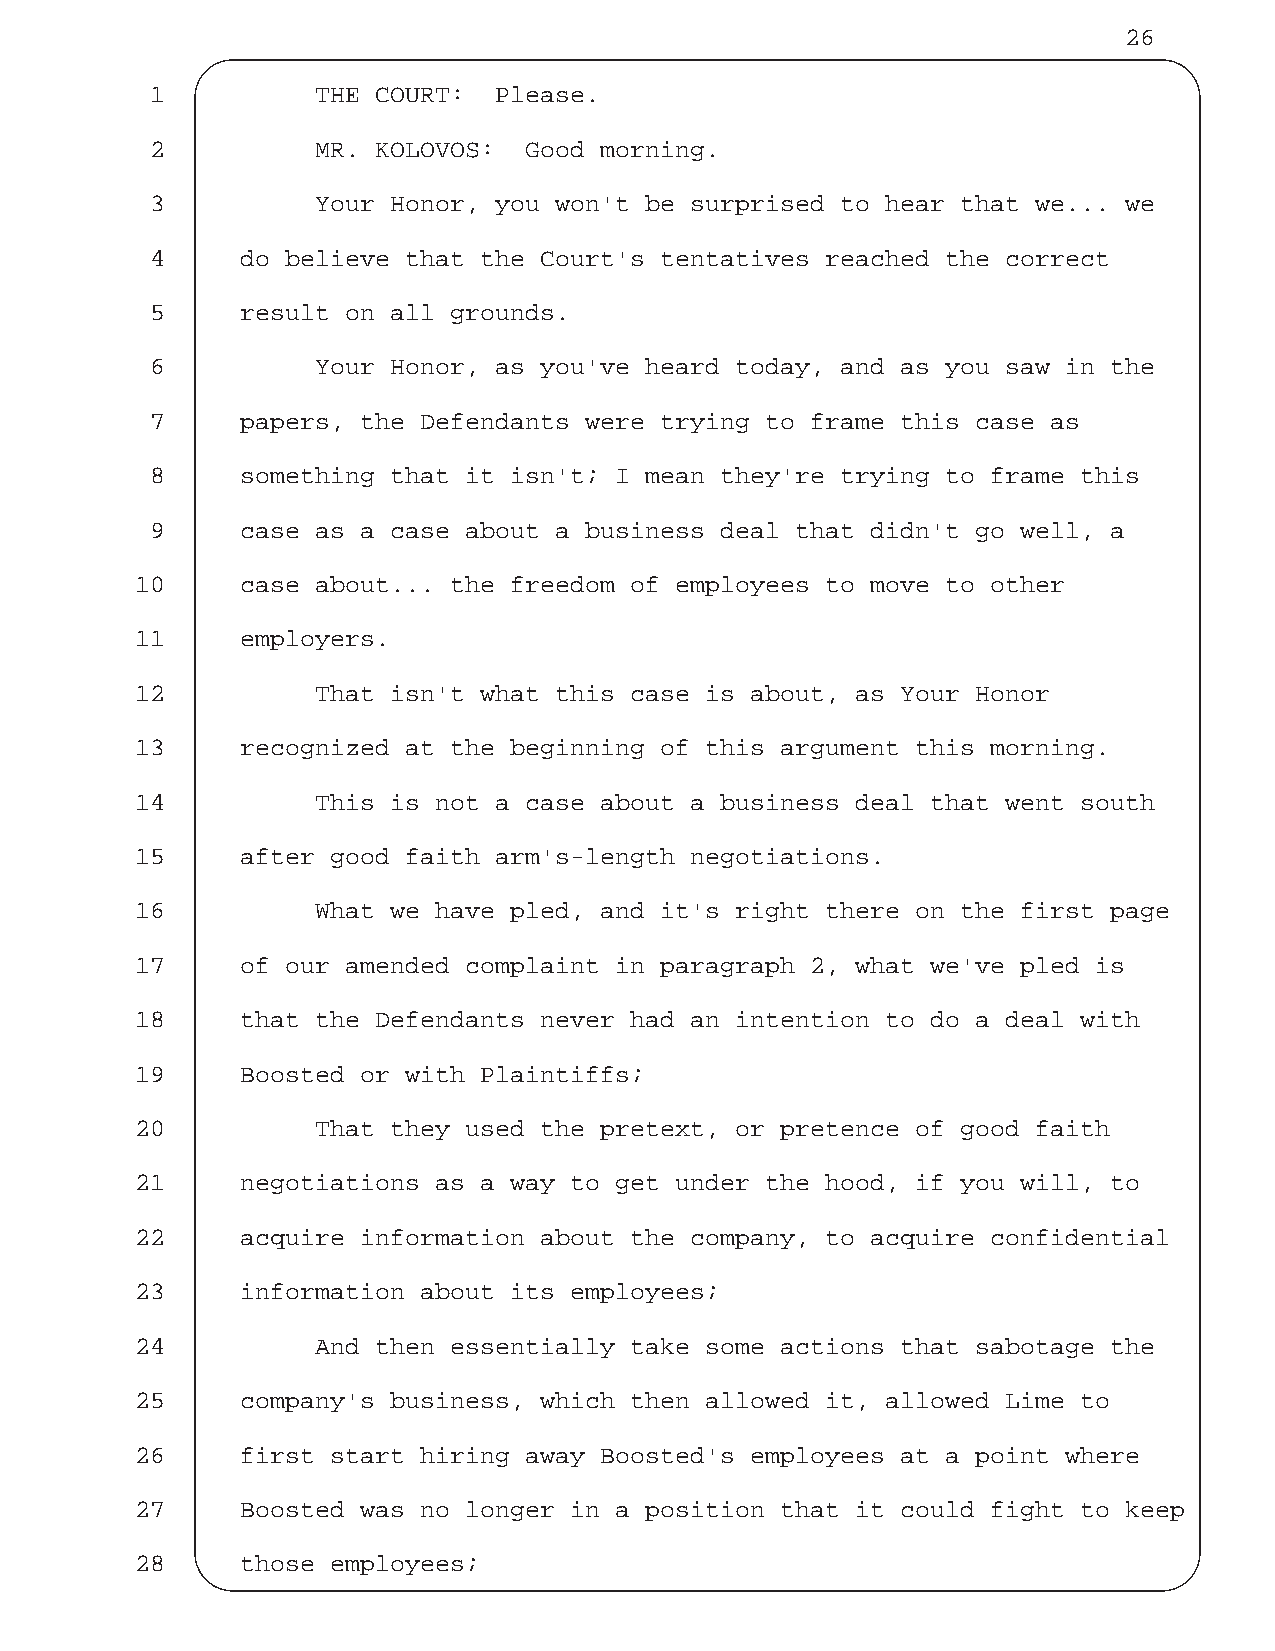
26
 1          THE COURT:  Please.
 2          MR. KOLOVOS:  Good morning.
 3          Your Honor, you won't be surprised to hear that we... we
 4     do believe that the Court's tentatives reached the correct
 5     result on all grounds.
 6          Your Honor, as you've heard today, and as you saw in the
 7     papers, the Defendants were trying to frame this case as
 8     something that it isn't; I mean they're trying to frame this
 9     case as a case about a business deal that didn't go well, a
 10     case about... the freedom of employees to move to other
 11     employers.
 12          That isn't what this case is about, as Your Honor
 13     recognized at the beginning of this argument this morning.
 14          This is not a case about a business deal that went south
 15     after good faith arm's-length negotiations.
 16          What we have pled, and it's right there on the first page
 17     of our amended complaint in paragraph 2, what we've pled is
 18     that the Defendants never had an intention to do a deal with
 19     Boosted or with Plaintiffs;
 20          That they used the pretext, or pretence of good faith
 21     negotiations as a way to get under the hood, if you will, to
 22     acquire information about the company, to acquire confidential
 23     information about its employees;
 24          And then essentially take some actions that sabotage the
 25     company's business, which then allowed it, allowed Lime to
 26     first start hiring away Boosted's employees at a point where
 27     Boosted was no longer in a position that it could fight to keep
 28     those employees;